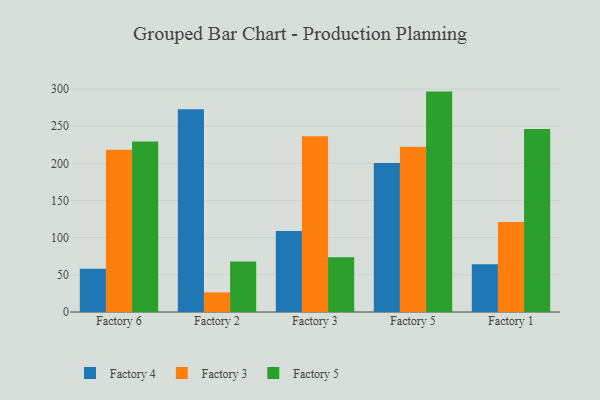
{"axis": {"x": "Factory", "y": "Market Share (%)"}, "legend": ["Factory 3", "Factory 4", "Factory 5"], "data": [{"x": "Factory 6", "y": 58.2, "type": "Factory 4"}, {"x": "Factory 6", "y": 218.4, "type": "Factory 3"}, {"x": "Factory 6", "y": 229.5, "type": "Factory 5"}, {"x": "Factory 2", "y": 272.7, "type": "Factory 4"}, {"x": "Factory 2", "y": 26.4, "type": "Factory 3"}, {"x": "Factory 2", "y": 67.8, "type": "Factory 5"}, {"x": "Factory 3", "y": 109.1, "type": "Factory 4"}, {"x": "Factory 3", "y": 236.4, "type": "Factory 3"}, {"x": "Factory 3", "y": 73.7, "type": "Factory 5"}, {"x": "Factory 5", "y": 200.6, "type": "Factory 4"}, {"x": "Factory 5", "y": 222.3, "type": "Factory 3"}, {"x": "Factory 5", "y": 296.5, "type": "Factory 5"}, {"x": "Factory 1", "y": 64.1, "type": "Factory 4"}, {"x": "Factory 1", "y": 121.2, "type": "Factory 3"}, {"x": "Factory 1", "y": 246.1, "type": "Factory 5"}]}